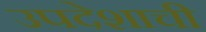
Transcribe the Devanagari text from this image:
उपदेशाची